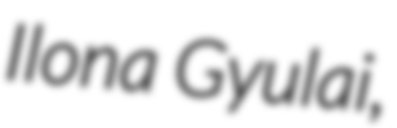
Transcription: Ilona Gyulai,